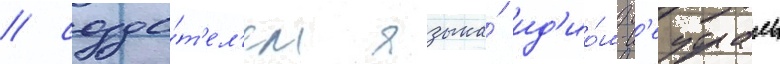
/ созда́т'ел'ем языка́ ид'ио́м-н'еутраль